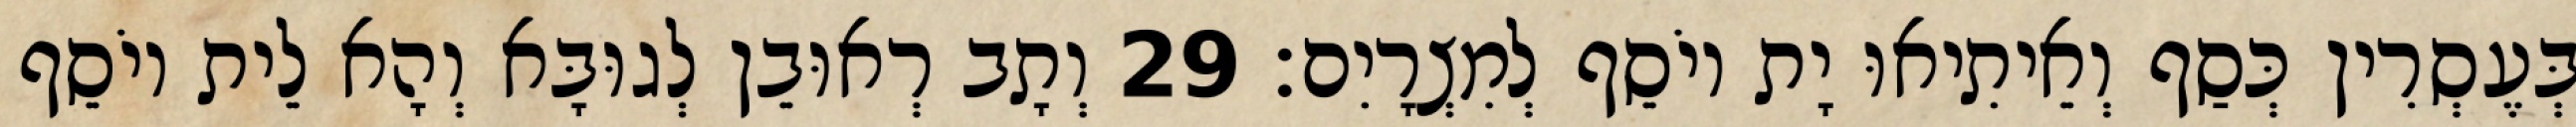
בְּעֶסְרִין כְּסַף וְאֵיתִיאוּ יָת יוֹסֵף לְמִצְרָיִם׃ 29 וְתָב רְאוּבֵן לְגוּבָּא וְהָא לֵית יוֹסֵף